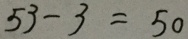
5 3 - 3 = 5 0